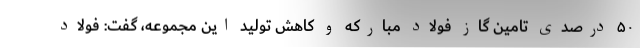
۵۰ درصدی تامین گاز فولاد مبارکه و کاهش تولید این مجموعه، گفت: فولاد